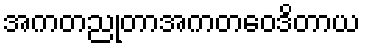
အကတညုတာအကတဝေဒိတာယ